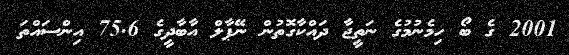
2001 ގެ ބޯ ހިމެނުމުގެ ނަތީޖާ ދައްކާގޮތުން ނޭޕާލް އާބާދީގެ 75.6 އިންސައްތަ